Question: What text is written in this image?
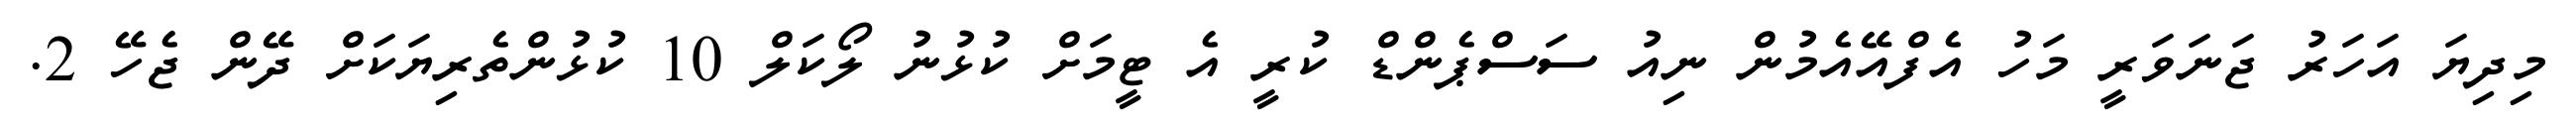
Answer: މިދިޔަ އަހަރު ޖަނަވަރީ މަހު އެފްއޭއެމުން ނިއު ސަސްޕެންޑް ކުރީ އެ ޓީމަށް ކުޅުނު ލޯކަލް 10 ކުޅުންތެރިޔަކަށް ދޭން ޖެހޭ 2.